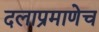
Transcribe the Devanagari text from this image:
दलाप्रमाणेच